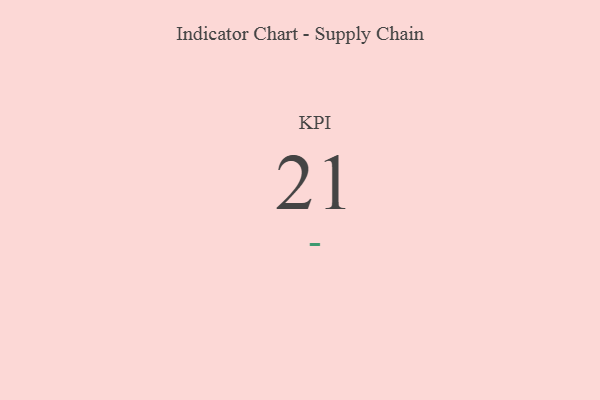
{"axis": {"x": "KPI", "y": "Value"}, "legend": [""], "data": [{"x": "KPI", "y": 21, "type": ""}]}